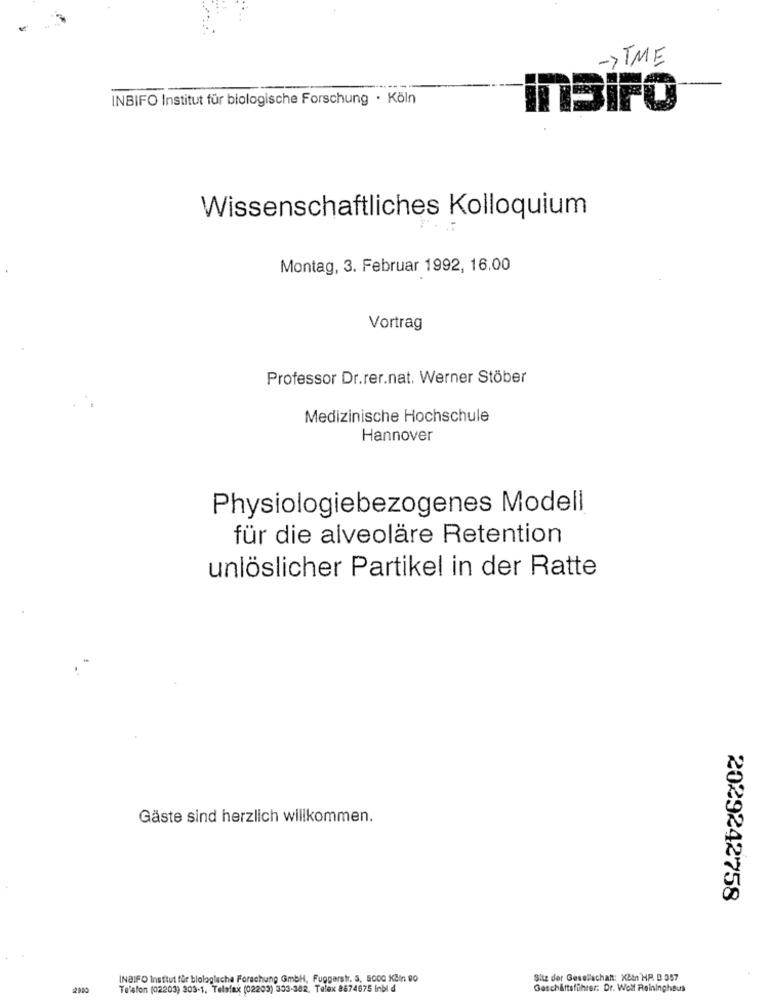
-> TME
INBIFO Institut für biologische Forschung · Köln
inBIFO
Wissenschaftliches Kolloquium
Montag, 3. Februar 1992, 16.00
Vortrag
Professor Dr.rer.nat. Werner Stöber
Medizinische Hochschule
Hannover
Physiologiebezogenes Modell
für die alveoläre Retention
unlöslicher Partikel in der Ratte
Gäste sind herzlich willkommen.
2029242758
INBIFO Institut für biologleche Forschung GmbH, Fuggerstr. 5, 5000 Kčin 90
Sitz der Gesellschaft: Kbin HP. D 357
Te'sfon (02203) 303-1. Telafax (02203) 303-382. Telex 8874675 Inbi d
Geschäftsfihrer: Dr. Wolf Reininghaus